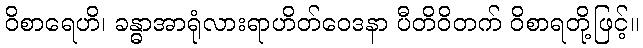
ဝိစာရေဟိ၊ ခန္ဓာအာရုံလားရာဟိတ်ဝေဒနာ ပီတိဝိတက် ဝိစာရတို့ဖြင့်။